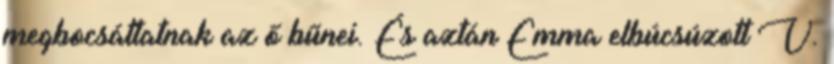
megbocsáttatnak az ő bűnei. És aztán Emma elbúcsúzott V.